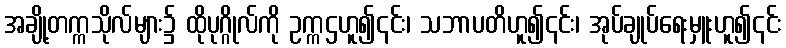
အချို့တက္ကသိုလ်များ၌ ထိုပုဂ္ဂိုလ်ကို ဥက္ကဌဟူ၍၎င်း၊ သဘာပတိဟူ၍၎င်း၊ အုပ်ချုပ်ရေးမှူးဟူ၍၎င်း